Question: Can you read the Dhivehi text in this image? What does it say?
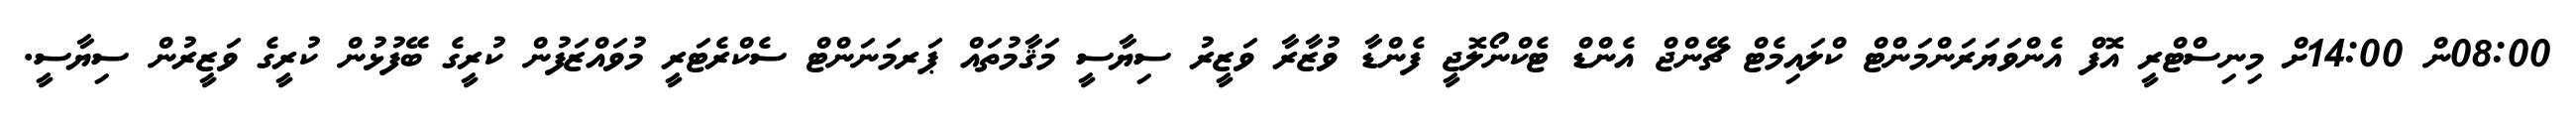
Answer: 08:00ން 14:00ށް މިނިސްޓްރީ އޮފް އެންވަޔަރަންމަންޓް ކްލައިމެޓް ޗޭންޖް އެންޑް ޓެކްނޯލޮޖީ ފެންޑާ ވުޒާރާ ވަޒީރު ސިޔާސީ މަޤާމުތައް ޕަރމަނަންޓް ސެކްރެޓަރީ މުވައްޒަފުން ކުރީގެ ބޭފުޅުން ކުރީގެ ވަޒީރުން ސިޔާސީ.